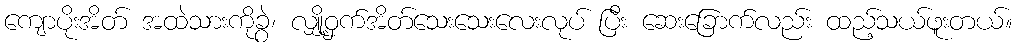
ကျောပိုးအိတ် အထဲသားကိုခွဲ၊ လျှို့ဝှက်အိတ်သေးသေးလေးလုပ် ပြီး ဆေးခြောက်လည်း ထည့်သယ်ဖူးတယ်။